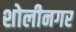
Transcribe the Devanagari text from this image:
शोलीनगर